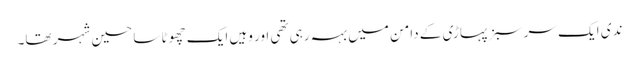
ندی ایک سر سبز پہاڑی کے دامن میں بہہ رہی تھی اور وہیں ایک چھوٹا سا حسین شہر تھا۔